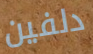
دلفين